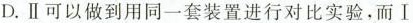
D.Ⅱ可以做到用同一套装置进行对比实验，而Ⅰ